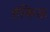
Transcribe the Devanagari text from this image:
हंकिऊ